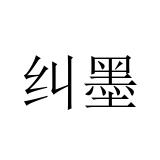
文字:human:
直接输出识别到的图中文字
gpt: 纠墨